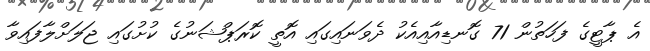
އެ ޕާޓީގެ ފަހަތުން 71 ގޮނޑިއާއިއެކު ދެވަނައިގައި އޮތީ ކޮރަޕްޝަނުގެ ކުށުގައި ޖަލަށްލާފައިވާ